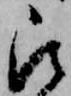
被